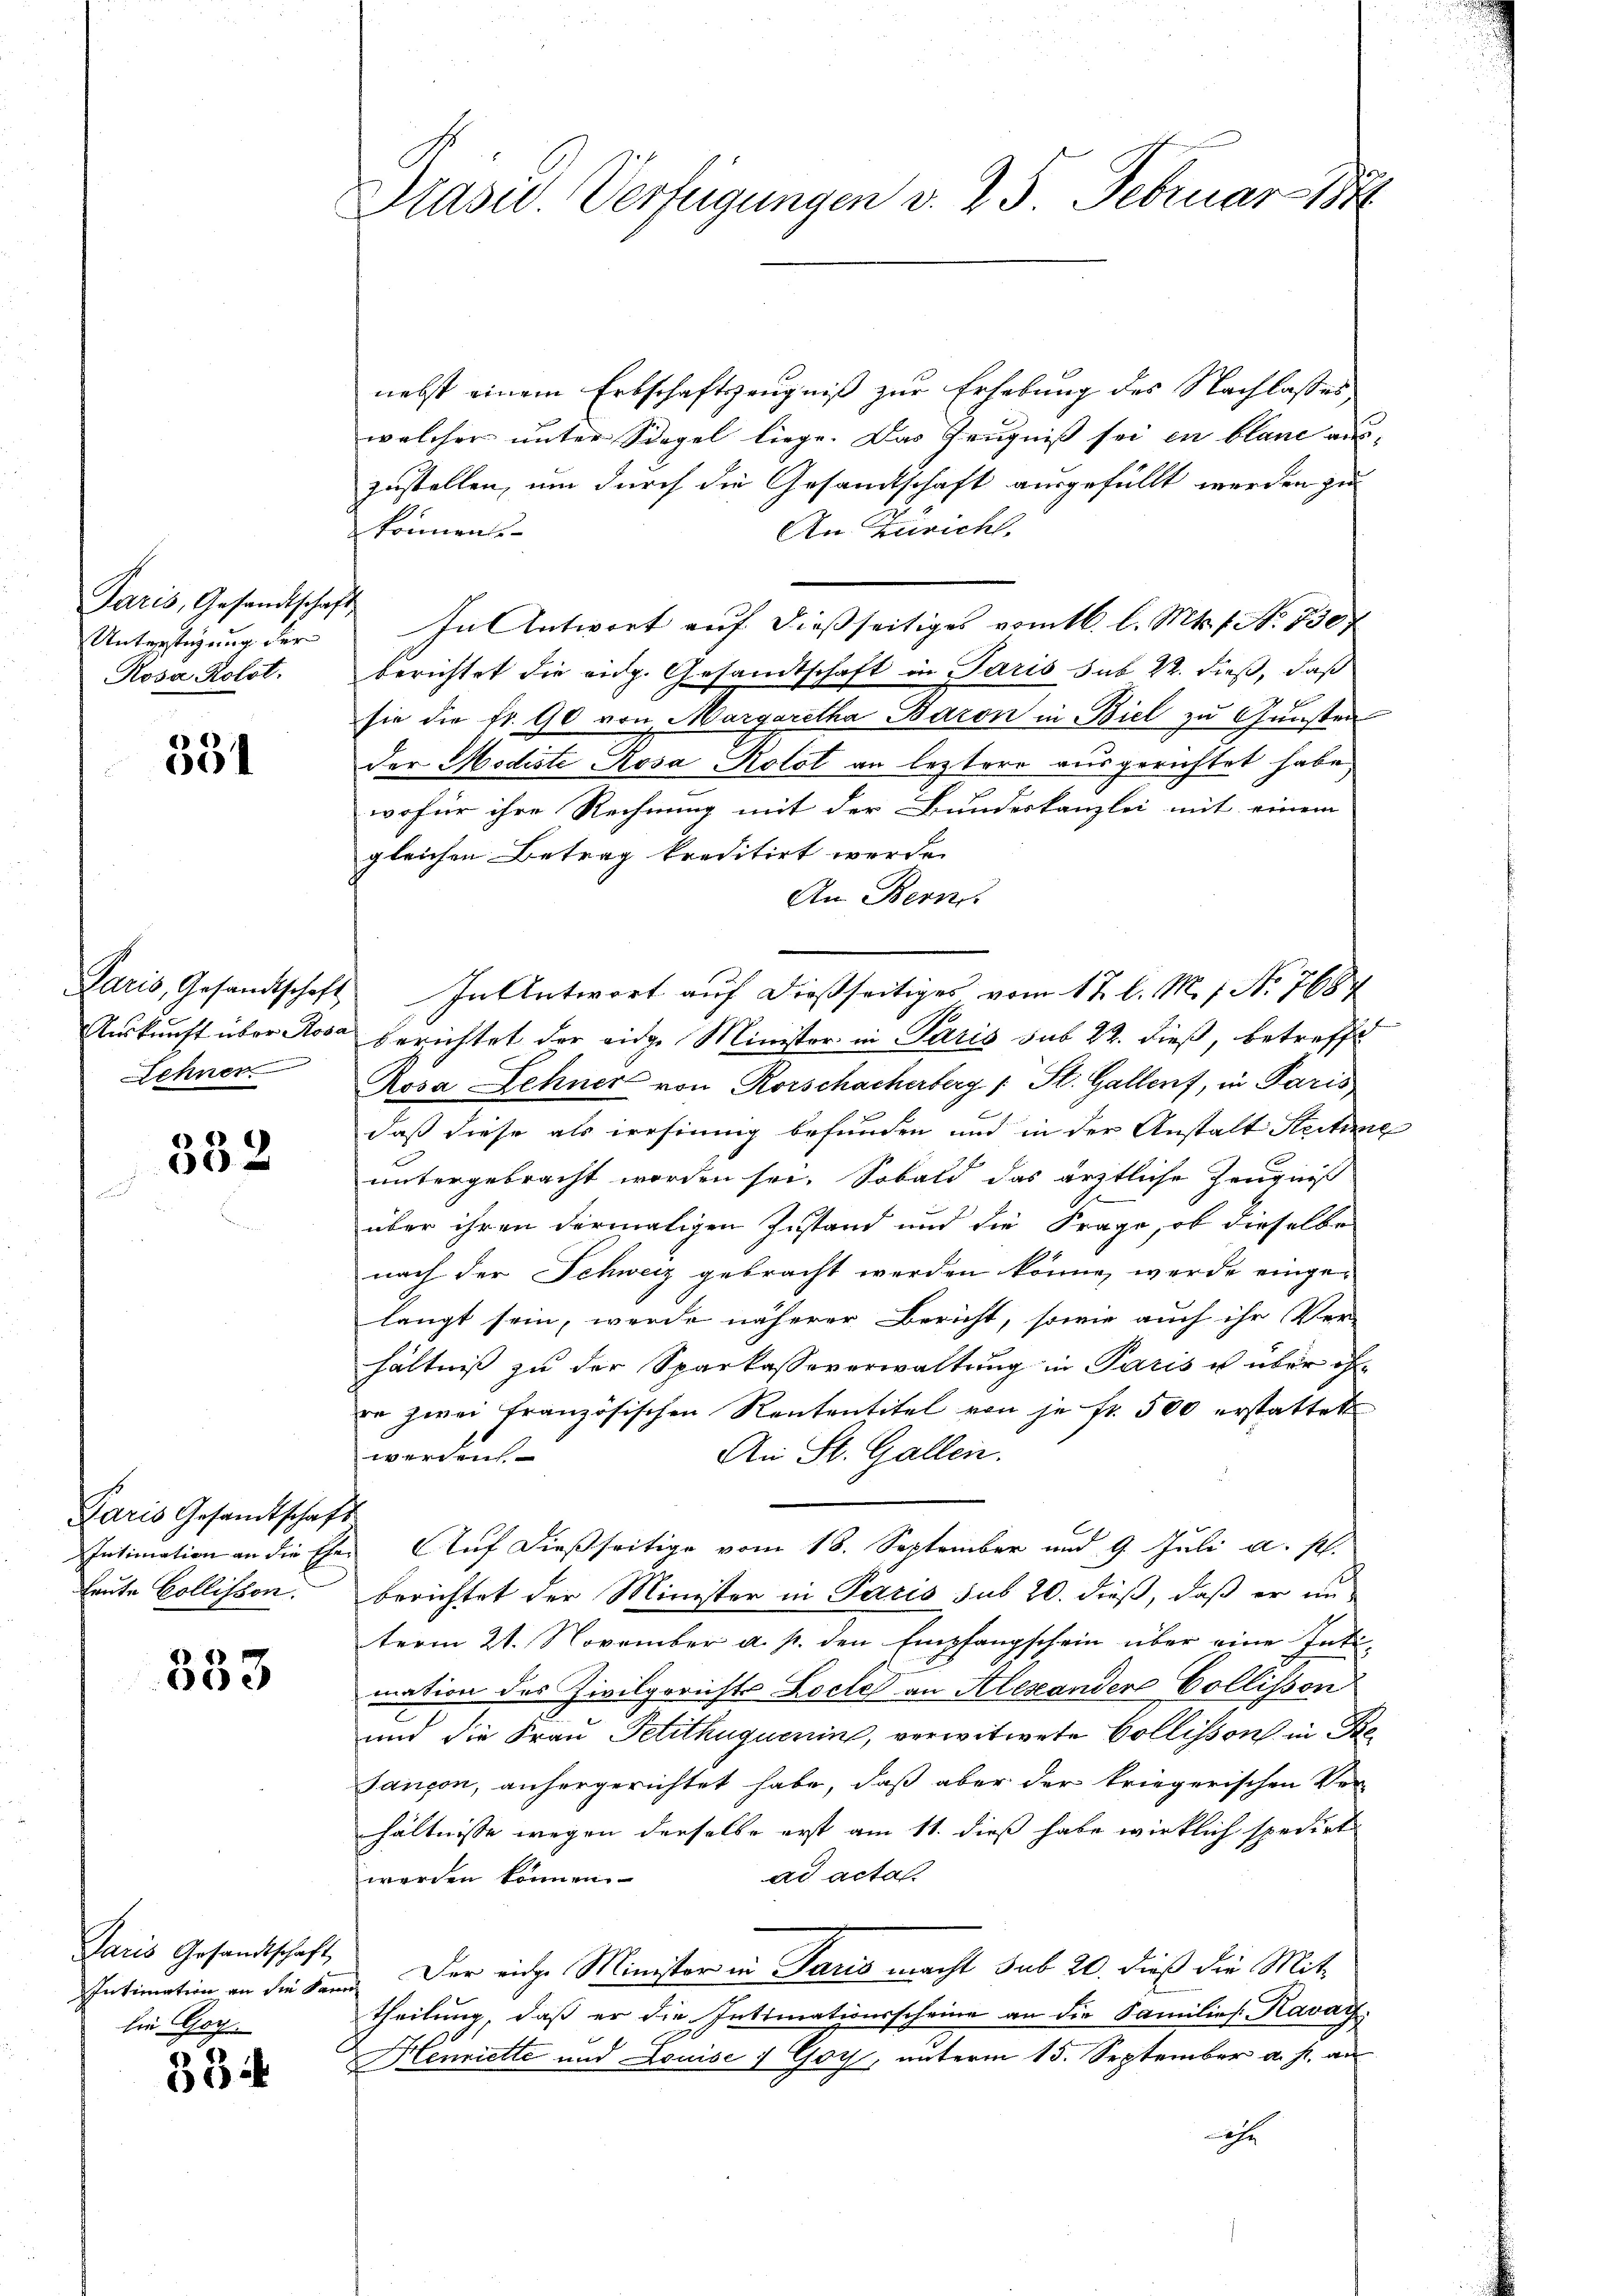
Paris, Gesandtschaft
Unterstüzung der
Rosa Robot.

354

Paris, Gesandtschaft
Auskunft über Rosa
Lehner

332

Paris Gesandtschaft
Intimation an die Eheleute Collischon.

333

Paris Gesandtschaft
lie Gog.

334

Präsid. Verfügungen v. 25. Februar 188

f

nebst einem Erbschaftszeugniß zur Erhebung des Nachlasses
welcher unter Siegel liege. Das Zeugniß sei en blaue aus-
zustellen, um durch die Gesandtschaft ausgefüllt werden zu
könnents
An Züricht.
In Antwort auf dießseitiges vomtl. l. Mts. f. No. 530 f
berichtet die eidg. Gesandtschaft in Paris sub 22. dieß, daß
sie die fr. 90 von Margaretha Baron in Biel zu Gunsten
der Modiste Rosa Kolot an leztere ausgerichtet habe,
wofür ihre Rechnung mit der Bundeskanzlei mit einem
gleichen Betrag kreditirt werde.
An Bern
berichtet der eidge Minister in Paris sub 22. dieß, betreffe
Rosa Zehner von Rorschacherberg (St. Galler, in Paris
daß diese als irrsinnig befunden und in der Anstalt Seite
untergebracht worden sei. Sobald das ärztliche Zeugniß
über ihren dermaligen Zustand und die Frage, ob dieselbe
nach der Schweiz gebracht werden könne, werde eingelangt sein, werde näherer Bericht, sowie auch ihr Ver-
hältniβ zŭ der Sparkassaverwaltŭng in Paris u über ih
ze zwei französischen Rententitel von je fr. 500 erstattet
An St. Gallen.
werdens
Auf dießseitige vom 18. September und 9. Juli a. p.
berichtet der Minister in Paris sub 20. dieß, daß er un-
term 21. November a. p. den Empfangschein über eine Intimation des Zivilgerichts Lecte an Alexandere Collissen
und die Frau Petithuguenin, verwitwete Collisson in Fre
sançon, anhergerichtet habe, daß aber der kriegerischen Ver-
hältnisse wegen derselbe erst am 11. dieß habe wirklich spedirt
ad acta
werden können.
Intimation an die kann. Der einge Minister in Paris macht sub 20. dieß die Mittheilung, daß er die Intimationsscheine an die Familie Kavat
Henriette und Louise : Goy, unterm 15. September a. s. au
ehe

In Antwort auf dießseitiges vom 17. l. M. 7. No. 7684